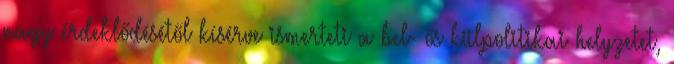
nagy érdeklődésétől kísérve ismerteti a bel- ős külpolitikai helyzetet,